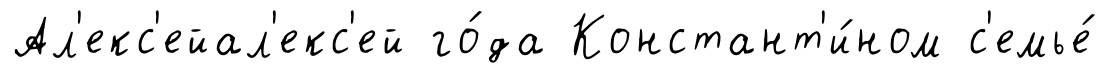
Ал'екс'ейал'екс'ей го́да Констант'и́ном с'емье́